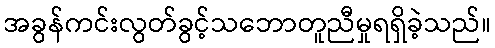
အခွန်ကင်းလွတ်ခွင့်သဘောတူညီမှုရရှိခဲ့သည်။